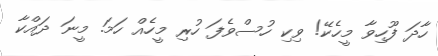
ހާދަ ފޫހިވާ މީހެކޭ! ވިކި ހުސްވެފަ ހުރި މީހެއް ހަމަ. މީނަ ދައްކާ